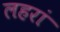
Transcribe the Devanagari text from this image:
लहरां